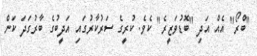
"ބްރޯ" އެއް އަދި "ބޮޑުވަޒީރެ" ކެވެ. ކުރީގެ ސަރުކާރުގައި އަދީބުގެ ބާރުގަދަ ކަން